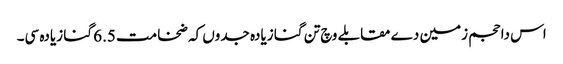
اس دا حجم زمین دے مقابلے وچ تن گنا زیادہ جدو‏ں کہ ضخامت 6.5 گنا زیادہ سی۔